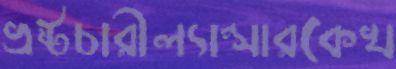
ভ্রষ্টচারীল্যান্সারকেখ